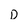
Character: D